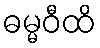
ဓမ္မဝီထိ